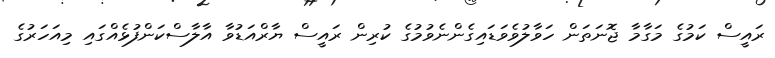
ރައީސް ކަމުގެ މަގާމާ ޖޮނަތަން ހަވާލުވެވަޑައިގެންނެވުމުގެ ކުރިން ރައީސް ޔާރްއަޑުވާ އާލާސްކަންފުޅެއްގައި މިއަހަރުގެ